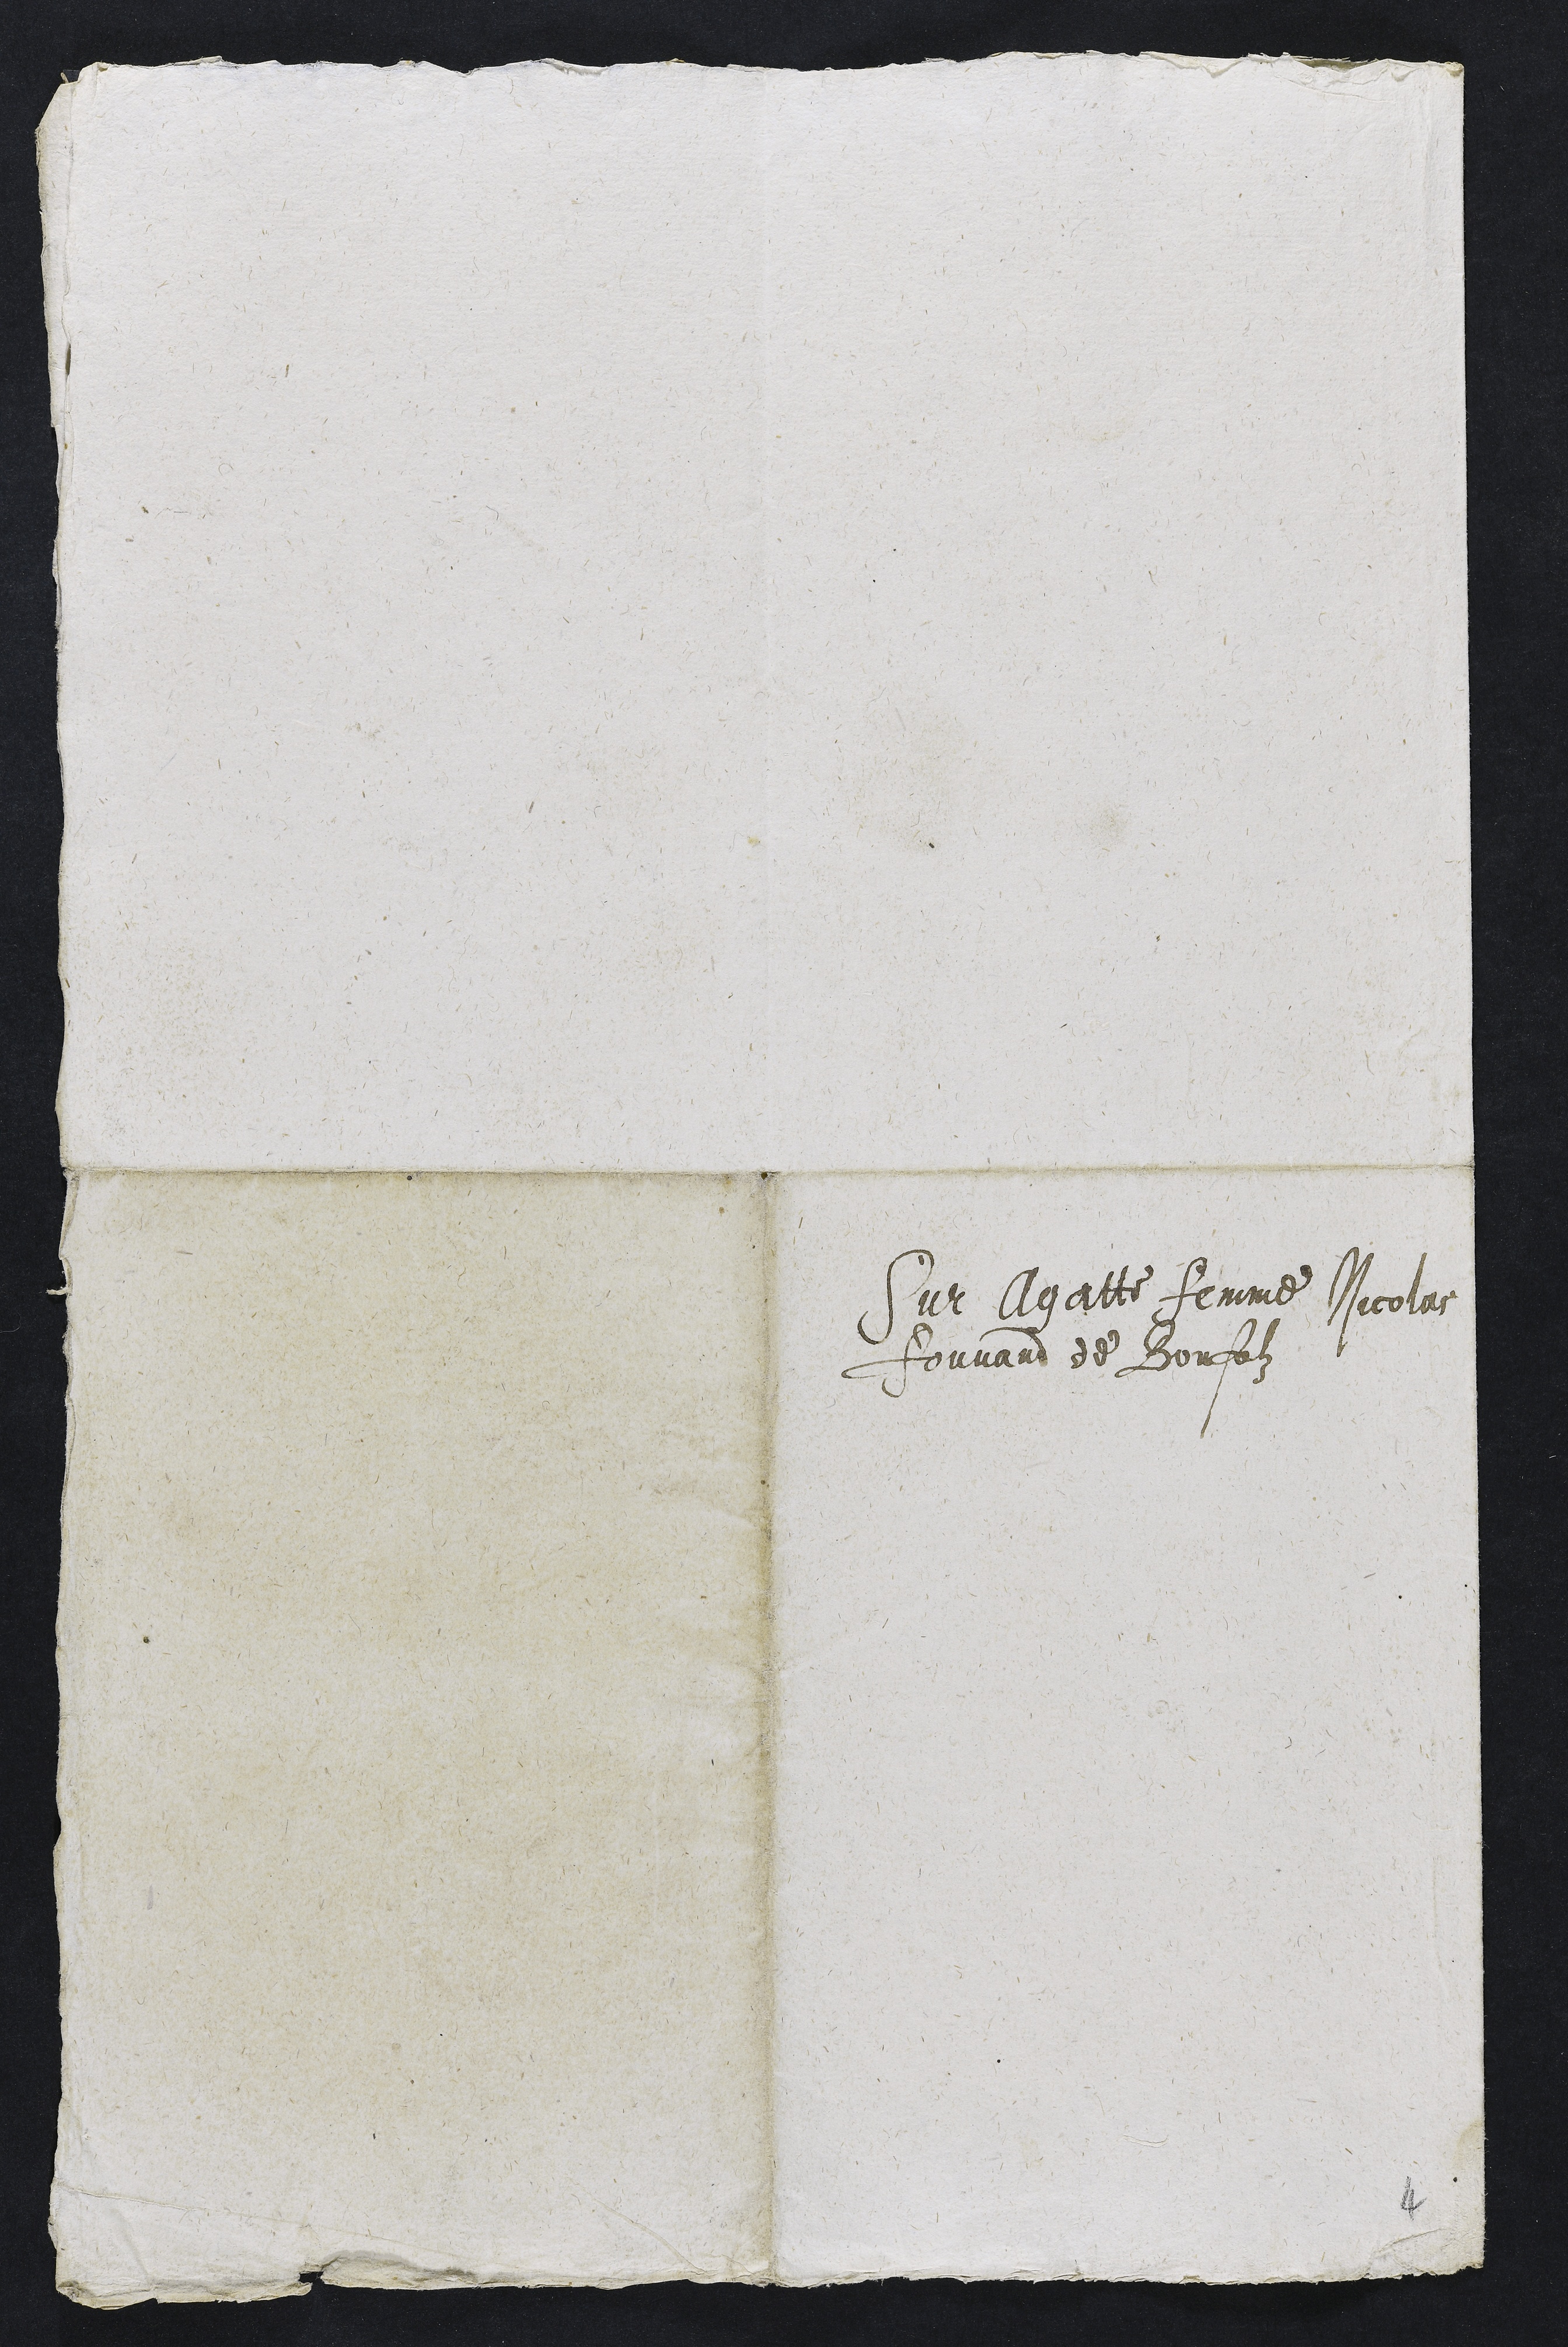
Sur Agatte femme Nicolas
Fouvand de Bonfolz